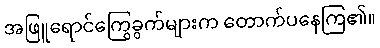
အဖြူရောင်ကြွေခွက်များက တောက်ပနေကြ၏။